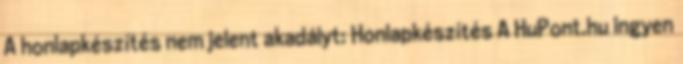
A honlapkészítés nem jelent akadályt: Honlapkészítés A HuPont.hu ingyen